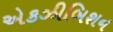
એકઝીબિશન